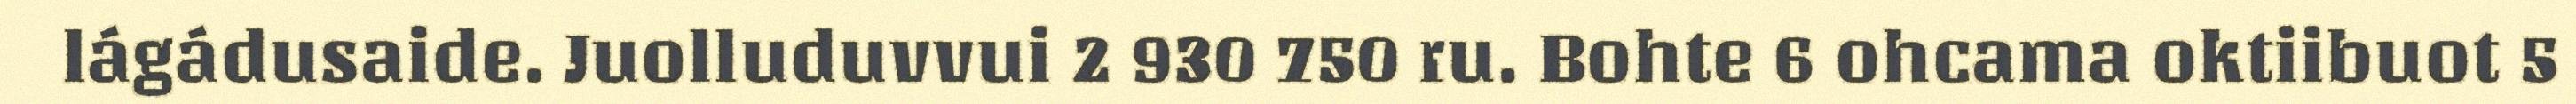
lágádusaide. Juolluduvvui 2 930 750 ru. Bohte 6 ohcama oktiibuot 5